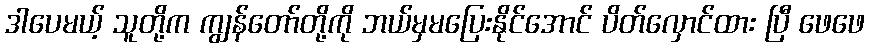
ဒါပေမယ့် သူတို့က ကျွန်တော်တို့ကို ဘယ်မှမပြေးနိုင်အောင် ပိတ်လှောင်ထား ပြီ ဖေဖေ